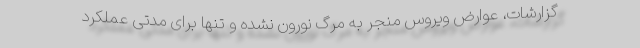
گزارشات، عوارض ویروس منجر به مرگ نورون نشده و تنها برای مدتی عملکرد